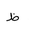
Letter: _za